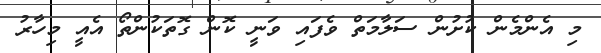
މި އެންމެން ކުށުން ސަލާމަތް ވެފައި ވަނީ ކޮން ގޮތަކުންތޯ އެއީ މިހާރު